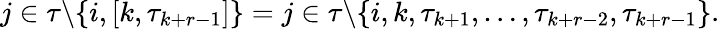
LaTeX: j\in\tau\backslash\{ i,[k,\tau_{k+r-1}]\} ={j\in\tau\backslash\{ i,k,\tau_{k+1},\dots,\tau_{k+r-2},\tau_{k+r-1}\} }.